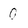
Character: 0